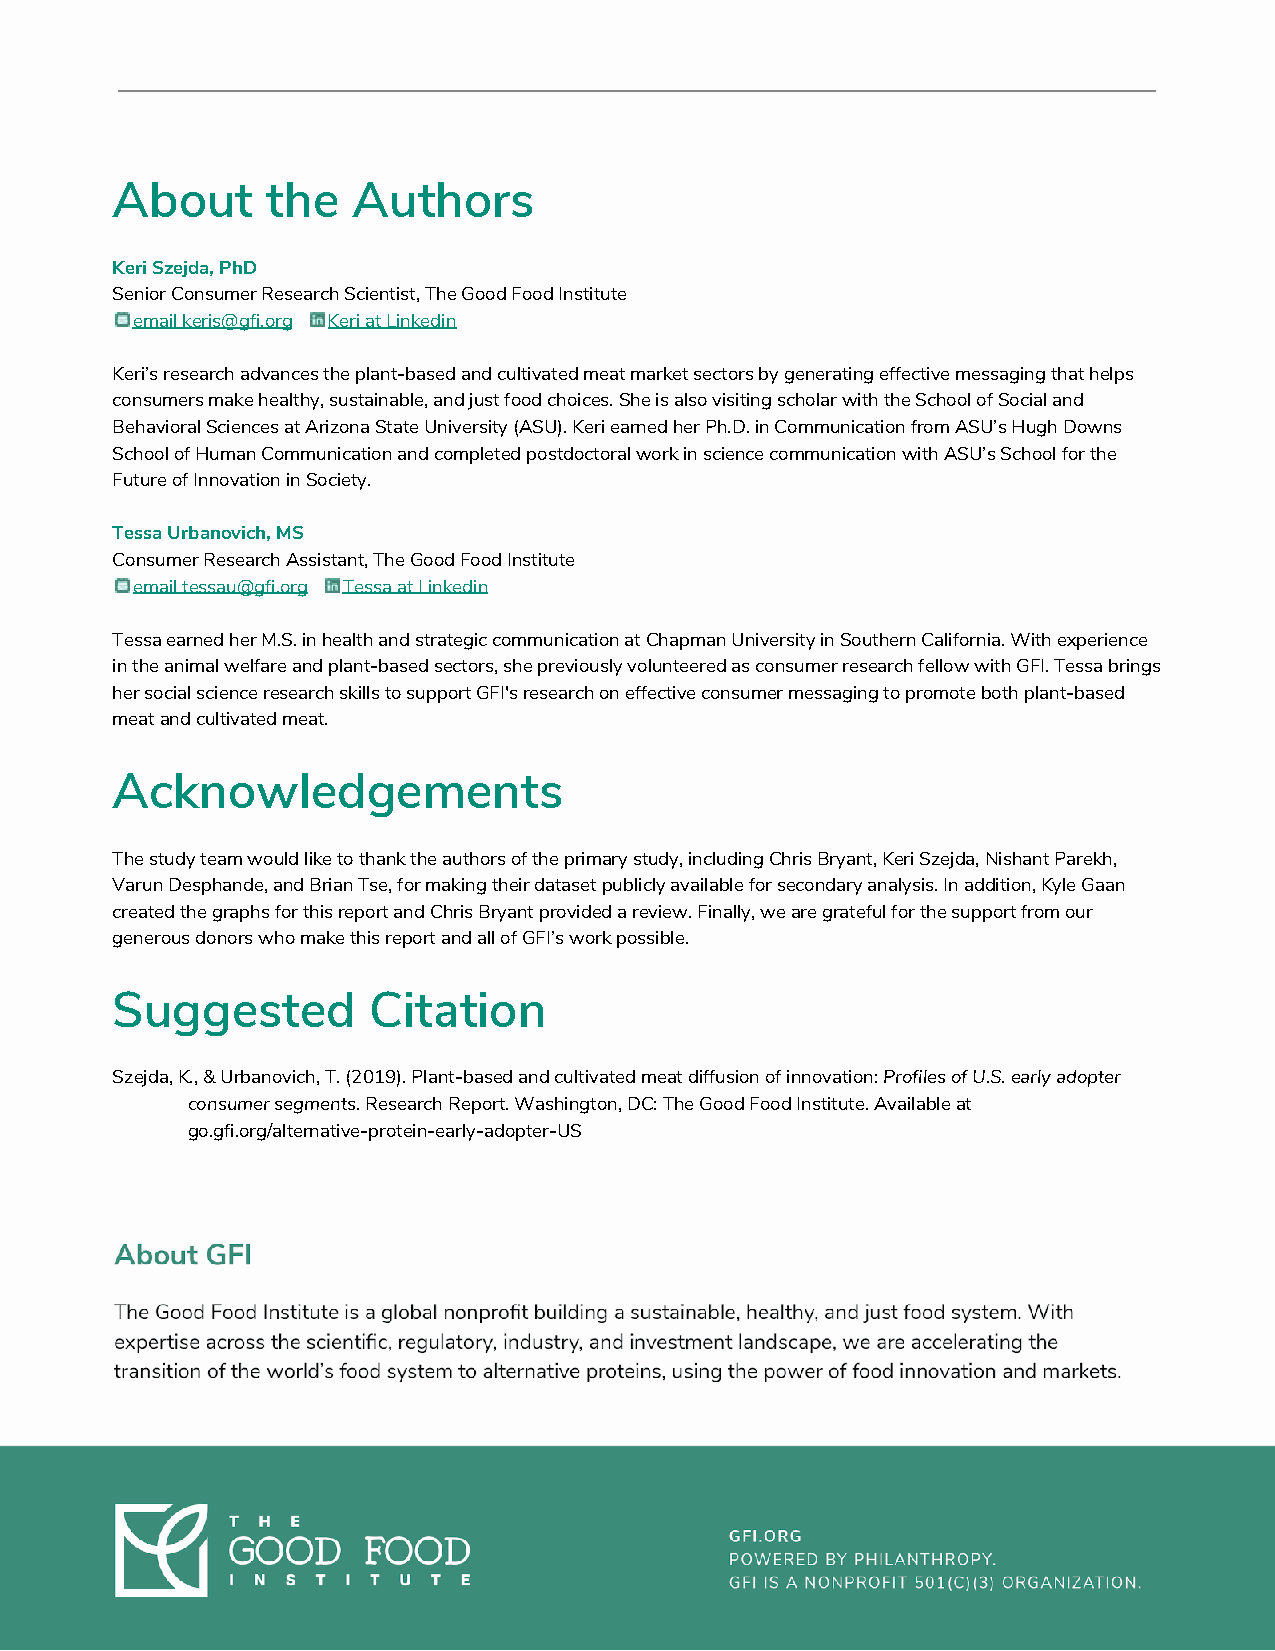
About      the  Authors
 Keri Szejda, PhD
 Senior Consumer Research Scientist, The Good Food Institute
 email keris@gfi.org ​ ​ Keri at Linkedin
 Keri’s research advances the plant-based and cultivated meat market sectors by generating effective messaging that helps
 consumers make healthy, sustainable, and just food choices. She is also visiting scholar with the School of Social and
 Behavioral Sciences at Arizona State University (ASU). Keri earned her Ph.D. in Communication from ASU’s Hugh Downs
 School of Human Communication and completed postdoctoral work in science communication with ASU’s School for the
 Future of Innovation in Society.
 Tessa Urbanovich, MS
 Consumer Research Assistant, The Good Food Institute
 email tessau@gfi.org ​​ Tessa at Linkedin
 Tessa earned her M.S. in health and strategic communication at Chapman University in Southern California. With experience
 in the animal welfare and plant-based sectors, she previously volunteered as consumer research fellow with GFI. Tessa brings
 her social science research skills to support GFI's research on effective consumer messaging to promote both plant-based
 meat and cultivated meat.
 Acknowledgements
 The study team would like to thank the authors of the primary study, including Chris Bryant, Keri Szejda, Nishant Parekh,
 Varun Desphande, and Brian Tse, for making their dataset publicly available for secondary analysis. In addition, Kyle Gaan
 created the graphs for this report and Chris Bryant provided a review. Finally, we are grateful for the support from our
 generous donors who make this report and all of GFI’s work possible.
 Suggested        Citation
 Szejda, K., & Urbanovich, T. (2019). Plant-based and cultivated meat diffusion of innovation: P​ rofiles of U.S. early adopter
 consumer segments. ​Research Report. Washington, DC: The Good Food Institute. Available at
 go.gfi.org/alternative-protein-early-adopter-US
 PLANT-BASED AND CULTIVATED MEAT DIFFUSION OF INNOVATION             31